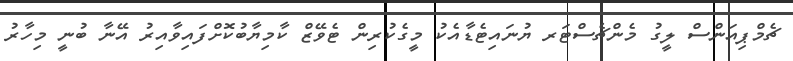
ޗެމްޕިއަންސް ލީގު މެންޗެސްޓަރ ޔުނައިޓެޑާއެކު މީގެކުރިން ޓެވޭޒް ކާމިޔާބުކޮށްފައިވާއިރު އޭނާ ބުނީ މިހާރު